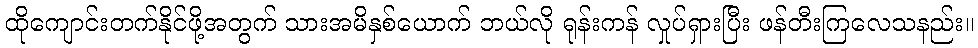
ထိုကျောင်းတက်နိုင်ဖို့အတွက် သားအမိနှစ်ယောက် ဘယ်လို ရုန်းကန် လှုပ်ရှားပြီး ဖန်တီးကြလေသနည်း။